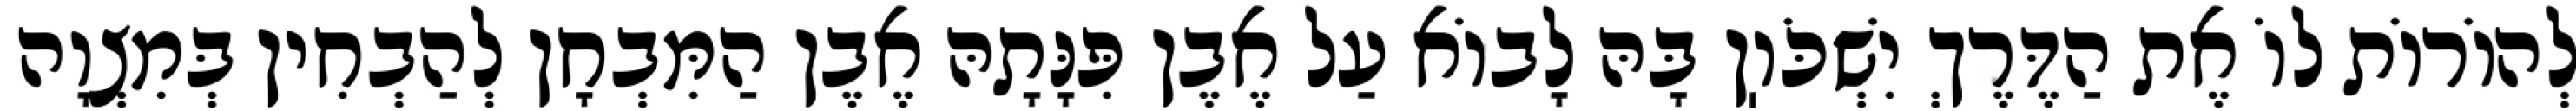
לְהוֹרוֹת לוֹ אֶת הַדֶּרֶךְ יִשְׁכֹּוֽן בָּהּ לָבוֹא עַל אֶבֶן פִּנָּתָהּ אֶבֶן הַמִּבְחָן לְהַבְחִין בְּמִצְוָה